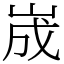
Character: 𡷫